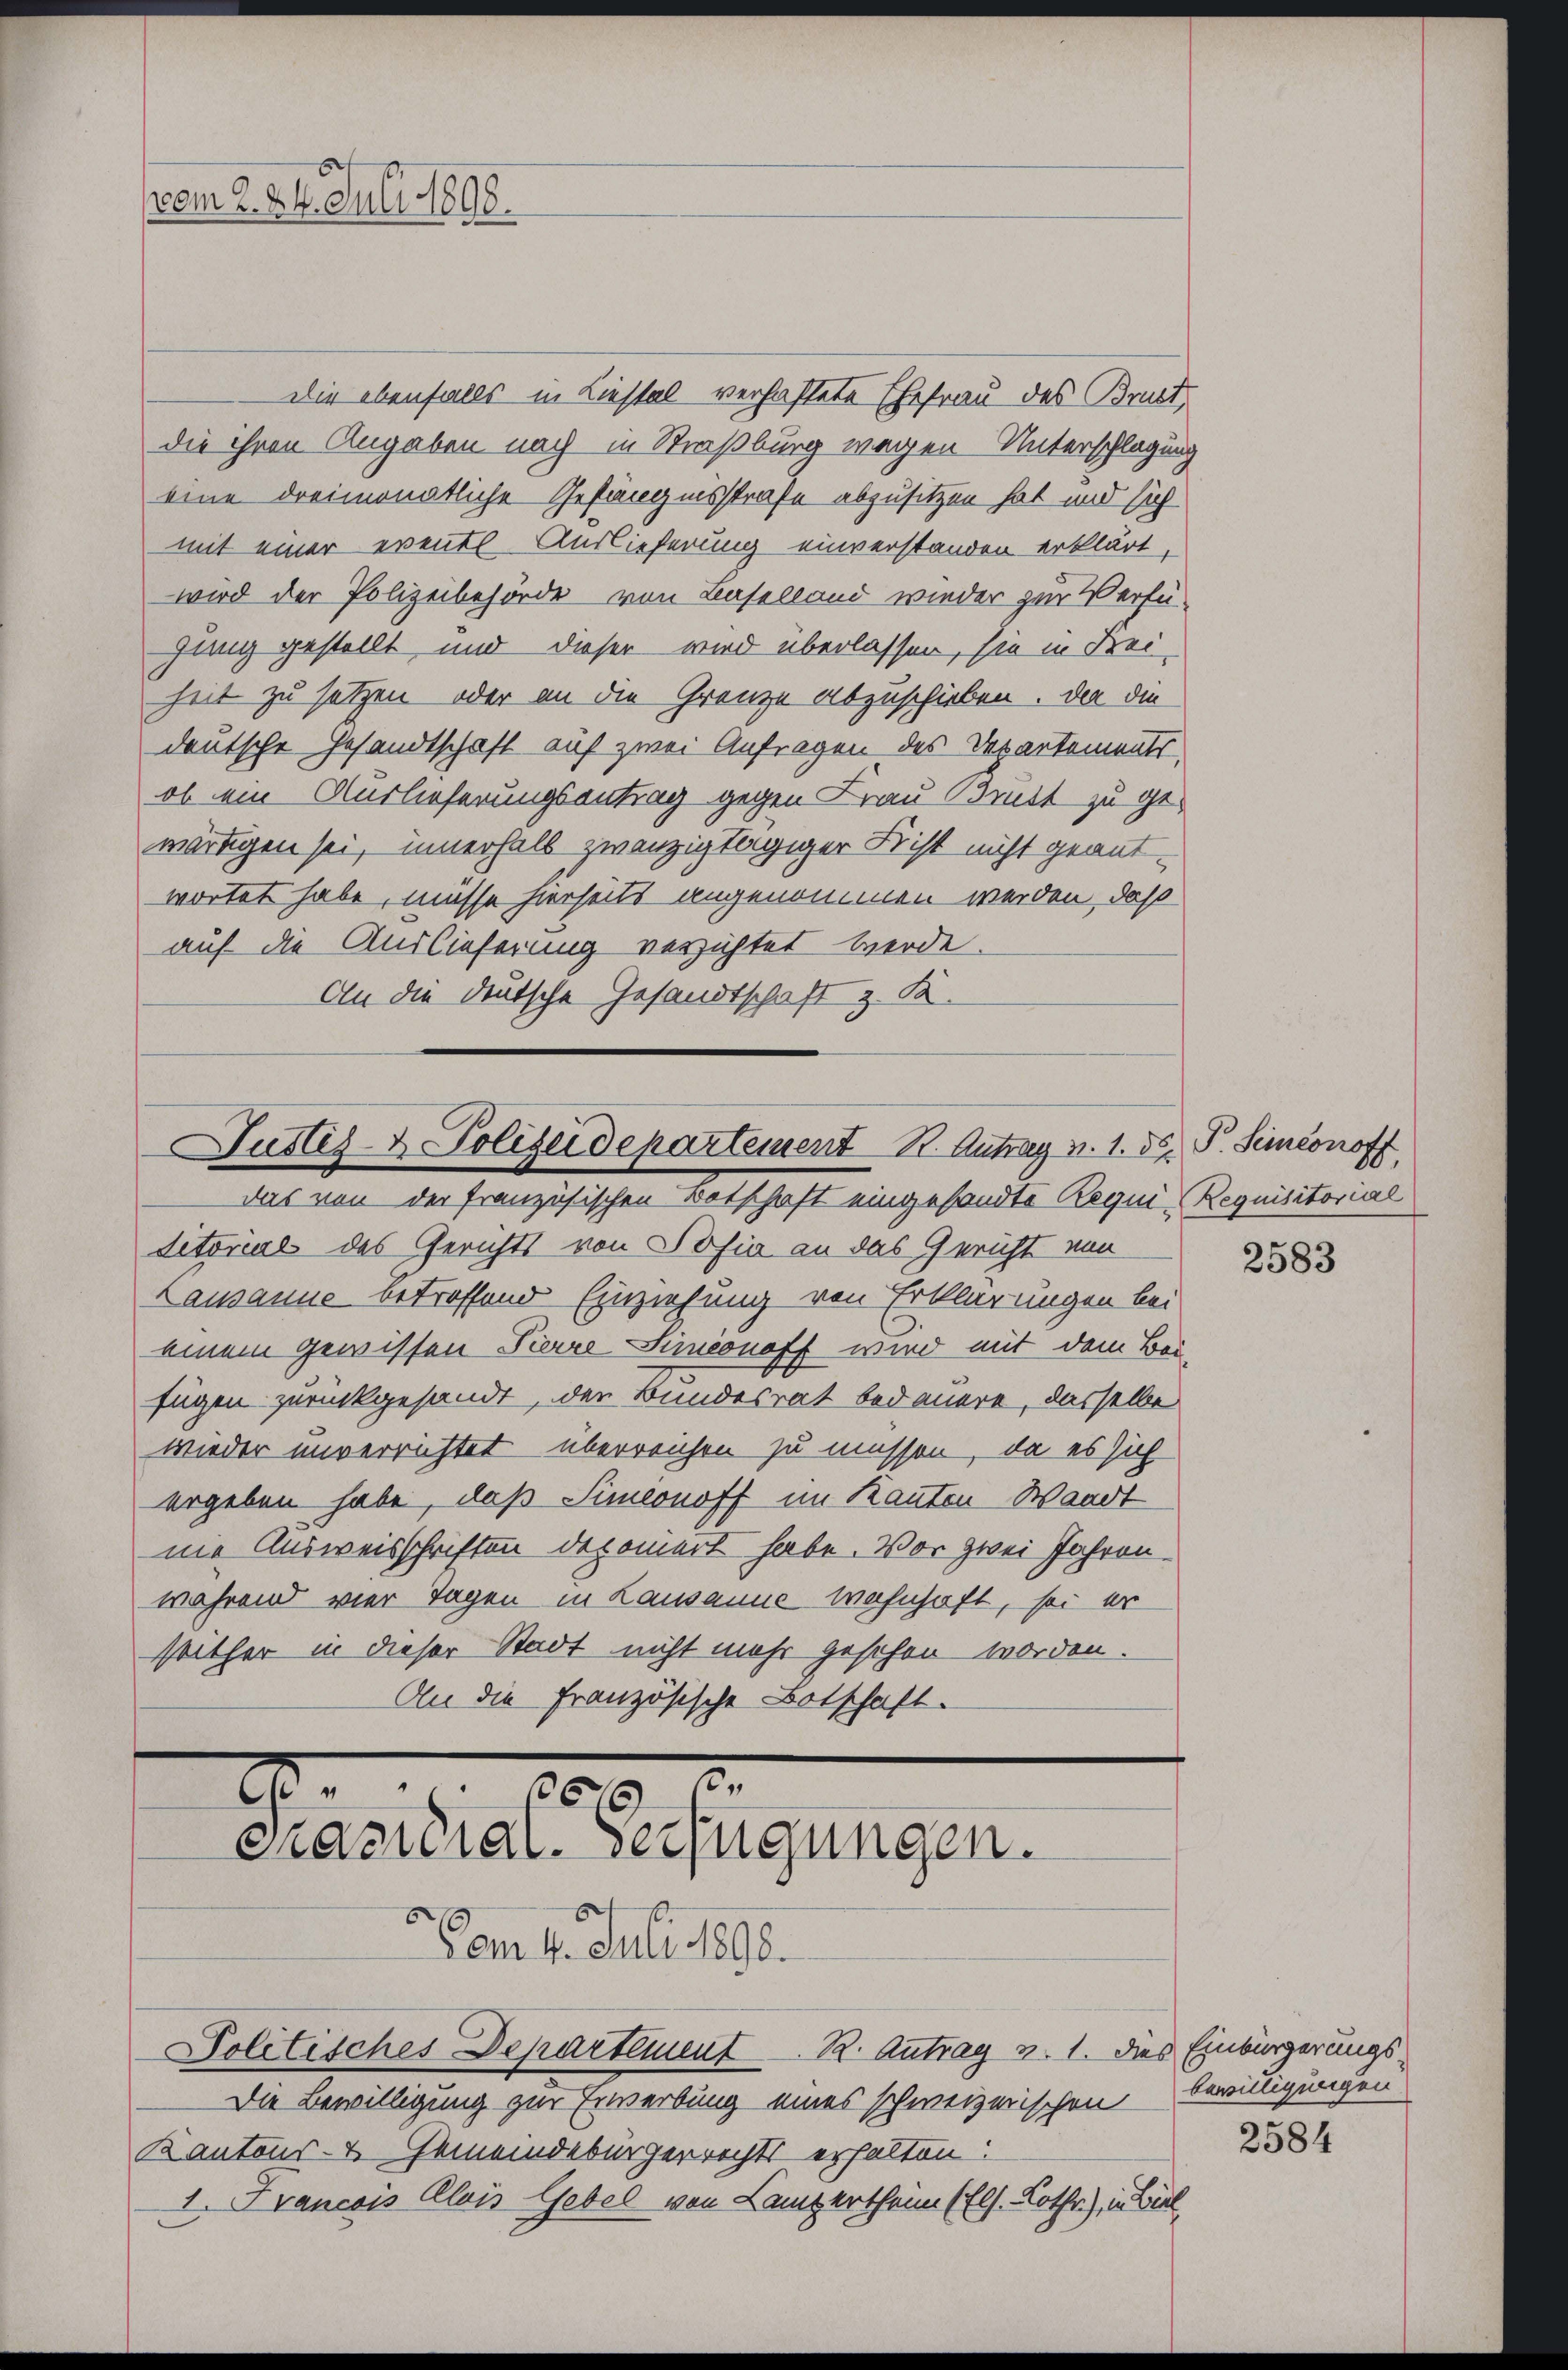
vom 2. 24. Juli 1898.

Die ebenfalls in Liestal verhaftete Ehefrau des Brustdie ihren Angaben nach in Straßburg wegen Unterschlagung
eine dreimonatliche Gefängnisstrafe abzusitzen hat und sich
mit einer eventl. Auslieferung einverstanden erklärt,
wird der Polizeibehörde von Baselland wieder zur Verfü-
jung gestellt und dieser wird überlassen, sie in Krei
heit zu setzen oder an die Grenze abzuschieben. Der die
deutsche Gesandtschaft auf zwei Anfragen des Departements
ob ein Auslieferungsantrag gegen Frau Brütt zu ge-
wärtigen sei, innerhalb zwanzig tägiger Frist nicht geant-
wortet habe, müsse hierheits angenommen werden, daß
auf die Auslieferung verzichtet werde.
An die deutsche Gesandtschaft & Fi¬

Justiz- & Polizeidepartement St. Antrag v. 1. ds. P. Seiconoff
das von der französischen Botschaft eingesandte Requi-Requisitorial

ditorial des Gerichts von Sofia an das Gericht von
Lausanne betreffend Einziehung von Erklärungen bei
einem gewissen Pierre Simeonoff wird mit dem Bei-
fügen zurückgesandt, der Bundesrat bedauere, dasselbe
wieder unverrichtet überreichen zu müssen, da es sich
ergeben habe, daß Simeonoff im Kanton Waadt
ne Ausweisschriften deponert habe. Vor zwei Jahren
während vier Tagen in Lausanne wohnhaft, sei er
Mither in dieser Stadt nicht mehr gesehen worden.
An die französische Botschaft.

7
2.
350
Prasteral-Verfügungen.
am 4. Juli 1890.

Politisches Departement. R. Antrag v. 1. dies Einbürgerungs-

Die Bewilligung zur Erwerbung eines schweizerischen Bewilligungen
Kantons- & Gemeindebürgerrechts erhalten:
I. Francois Alois Gebel von Lampertheim (Els. Lothr), in Bil

2584

2583